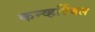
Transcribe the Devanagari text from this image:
कन्व्हर्टिबल